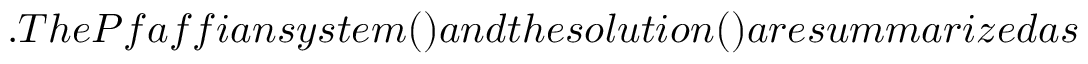
. T h e P f a f f i a n s y s t e m ( ) a n d t h e s o l u t i o n ( ) a r e s u m m a r i z e d a s